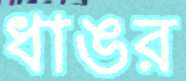
ধাঙর